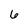
Character: 6